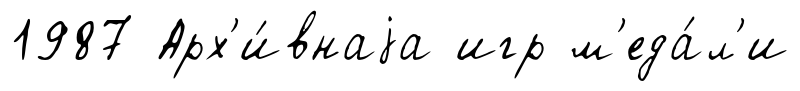
1987 Арх'и́внаjа игр м'еда́л'и